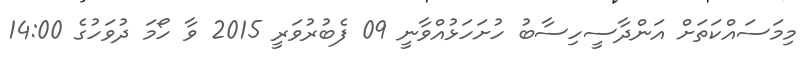
މިމަސައްކަތަށް އަންދާސީހިސާބު ހުށަހަޅުއްވާނީ 09 ފެބުރުވަރީ 2015 ވާ ހޯމަ ދުވަހުގެ 14:00